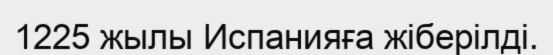
1225 жылы Испанияға жіберілді.